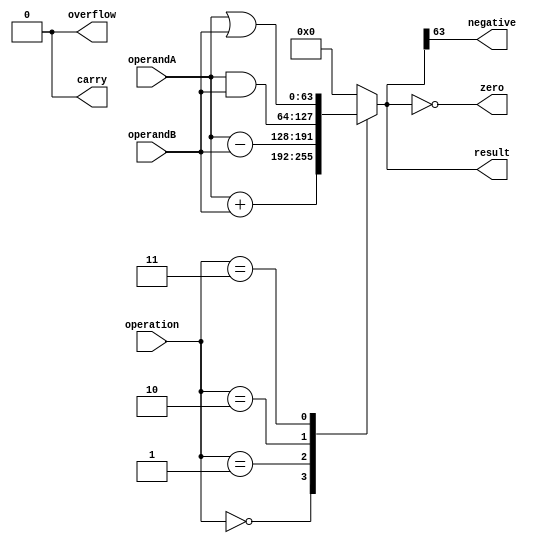
module ALU_64bit(
    input [63:0] operandA,
    input [63:0] operandB,
    input [2:0] operation, // 0: addition, 1: subtraction, 2: bitwise AND, 3: bitwise OR
    output reg [63:0] result,
    output reg overflow,
    output reg carry,
    output reg zero,
    output reg negative
);

always @(*) begin
    case(operation)
        0: result = operandA + operandB; // addition
        1: result = operandA - operandB; // subtraction
        2: result = operandA & operandB; // bitwise AND
        3: result = operandA | operandB; // bitwise OR
        default: result = 64'b0; // default to all zeros
    endcase
    
    overflow = 1'b0; // for future implementation
    carry = 1'b0; // for future implementation
    zero = result == 64'b0; // check if result is zero
    negative = result[63]; // check if the most significant bit is 1 (negative result)
end

endmodule